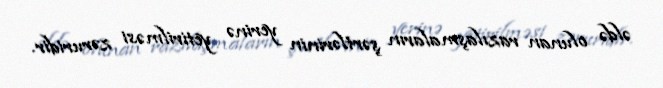
əldə olunan razılaşmaların şərtlərinin yerinə yetirilməsi zəruridir.